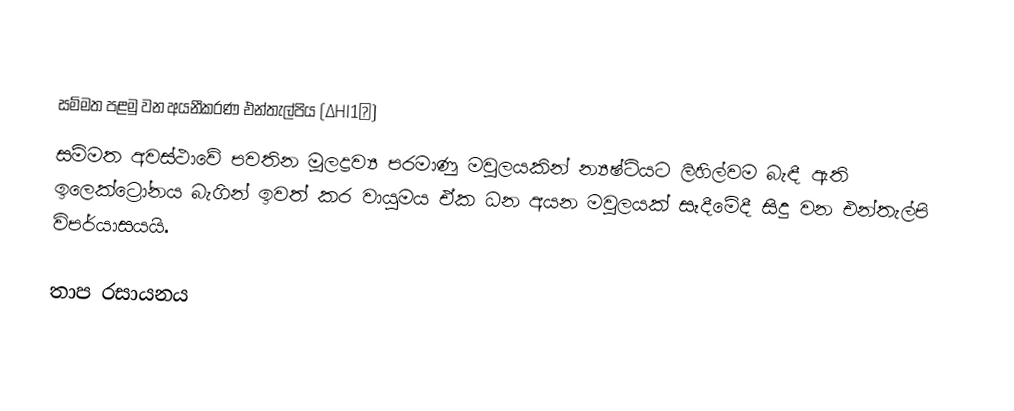

සම්මත පළමු වන අයනීකරණ එන්තැල්පිය (∆HI1∅)
සම්මත අවස්ථාවේ පවතින මූලද්‍රව්‍ය පරමාණු මවුලයකින් න්‍යෂ්ටියට ලිහිල්වම බැඳී ඇති ඉලෙක්ට්‍රෝනය බැගින් ඉවත් කර වායුමය ඒක ධන අයන මවුලයක් සෑදීමේදී සිදු වන එන්තැල්පි විපර්යාසයයි.

තාප රසායනය